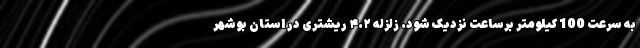
به سرعت 100 کیلومتر برساعت نزدیک شود. زلزله ۴.۲ ریشتری در استان بوشهر